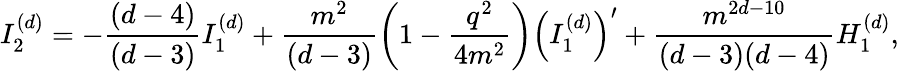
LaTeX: I_{2}^{(d)}=-\frac{(d-4)}{(d-3)}I_{1}^{(d)}+\frac{m^{2}}{(d-3)}\left(1-\frac{q^{2}}{4m^{2}}\right)\left(I_{1}^{(d)}\right)^{\prime}+\frac{m^{2d-10}}{(d-3)(d-4)}H_{1}^{(d)},